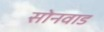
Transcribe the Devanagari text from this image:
सोनवाड